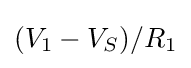
(V_{1}-V_{S})/R_{1}